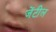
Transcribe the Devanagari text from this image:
जेंटील